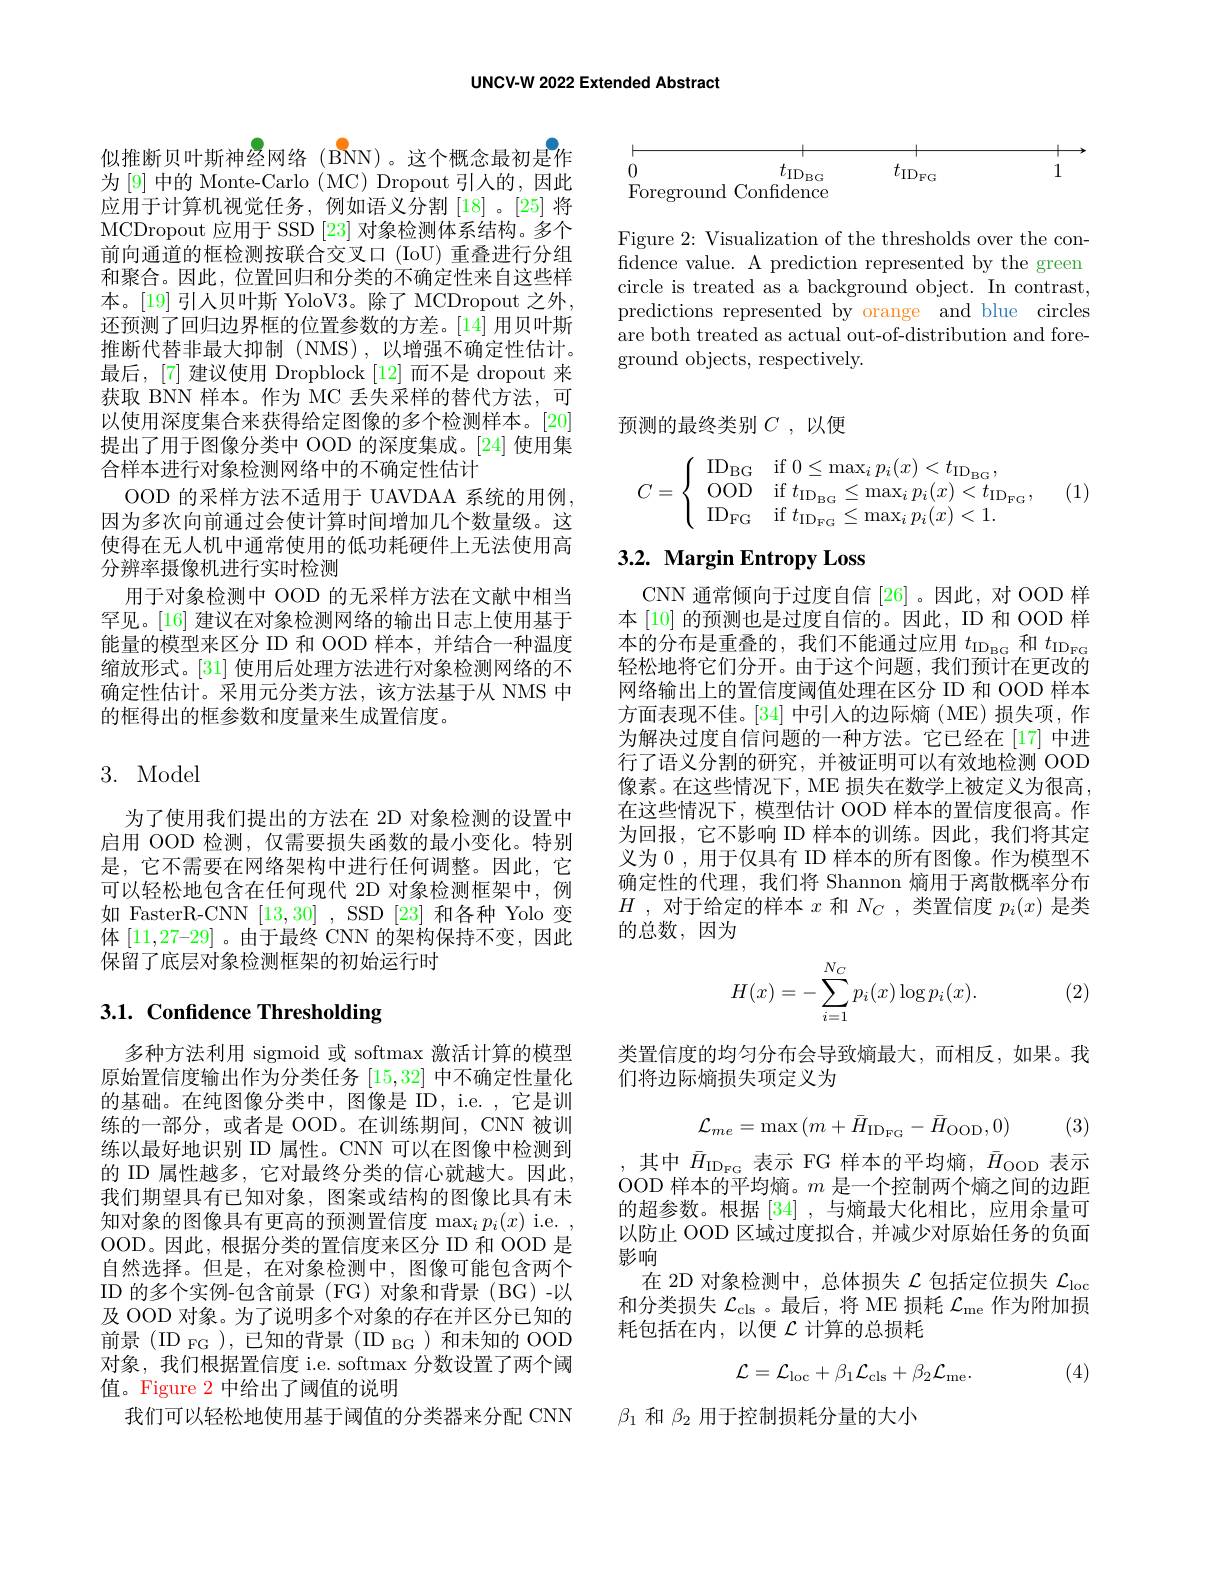
UNCV-W 2022 Extended Abstract

似推断贝叶斯神经网络(BNN)。这个概念最初是作为[9] 中的 Monte-Carlo (MC) Dropout 引入的，因此应用于计算机视觉任务，例如语义分割[18]。[25]将MCDropout 应用于 SSD [23]对象检测体系结构。多个前向通道的框检测按联合交叉口 (IoU) 重叠进行分组和聚合。因此，位置回归和分类的不确定性来自这些样本。[19] 引人贝叶斯 YoloV3。除了 MCDropout 之外还预测了回归边界框的位置参数的方差。[14] 用贝叶斯推断代替非最大抑制(NMS),以增强不确定性估计。最后，[7] 建议使用 Dropblock [12] 而不是 dropout 来获取 BNN 样本。作为 MC 丢失采样的替代方法，可以使用深度集合来获得给定图像的多个检测样本。[20] 提出了用于图像分类中 OOD 的深度集成。[24] 使用集合样本进行对象检测网络中的不确定性估计
OOD 的采样方法不适用于 UAVDAA 系统的用例因为多次向前通过会使计算时间增加几个数量级。这使得在无人机中通常使用的低功耗硬件上无法使用高分辨率摄像机进行实时检测
用于对象检测中 OOD 的无采样方法在文献中相当罕见。[16] 建议在对象检测网络的输出日志上使用基于能量的模型来区分 ID 和 OOD 样本，并结合一种温度缩放形式。[31] 使用后处理方法进行对象检测网络的不确定性估计。采用元分类方法，该方法基于从 NMS 中的框得出的框参数和度量来生成置信度。

# 3. Model

为了使用我们提出的方法在 2D 对象检测的设置中启用 OOD 检测，仅需要损失函数的最小变化。特别是，它不需要在网络架构中进行任何调整。因此，它可以轻松地包含在任何现代 2D 对象检测框架中，例如 FasterR-CNN [13,30] ,SSD [23]和各种 Yolo 变体$[11,27–29]$ 。由于最终 CNN 的架构保持不变，因此保留了底层对象检测框架的初始运行时

# 3.1. Confidence Thresholding

多种方法利用 sigmoid 或 softmax 激活计算的模型原始置信度输出作为分类任务[15,32]中不确定性量化的基础。在纯图像分类中，图像是 ID, i.e. ,它是训练的一部分，或者是 OOD。在训练期间，CNN 被训练以最好地识别 ID 属性。CNN 可以在图像中检测到的 ID 属性越多 ,它对最终分类的信心就越大。因此， 我们期望具有已知对象，图案或结构的图像比具有末知对象的图像具有更高的预测置信度$\max_ip_i(x)$ i.e. OOD。因此，根据分类的置信度来区分 ID 和 OOD 是自然选择。但是，在对象检测中，图像可能包含两个ID 的多个实例-包含前景 (FG)对象和背景 (BG)-以及 OOD 对象。为了说明多个对象的存在并区分已知的前景(ID FG),已知的背景(ID $_\mathrm{BG}$)和未知的 OOD 对象，我们根据置信度 i.e. softmax 分数设置了两个阈值。Figure 2 中给出了阈值的说明
我们可以轻松地使用基于阈值的分类器来分配 CNN

<table>
	<tbody>
		<tr>
			<td> </td>
			<td> </td>
			<td> </td>
			<td> </td>
		</tr>
		<tr>
			<td>0</td>
			<td>$t_{\mathrm{ID}_{\mathrm{BC}}}$</td>
			<td>$t_{\mathrm{ID}_\mathrm{FG}}$</td>
			<td>1</td>
		</tr>
		<tr>
			<td>Foregroun</td>
			<td>d Confidence</td>
			<td> </td>
			<td> </td>
		</tr>
	</tbody>
</table>

Figure 2: Visualization of the thresholds over the confidence value. A prediction represented by the green circle is treated as a background object. In contrast, predictions represented by orange and blue circles are both treated as actual out-of-distribution and foreground objects, respectively.

预测的最终类别$C$ ,以便
$$C=\left\{\begin{array}{ll}\mathrm{ID_{BG}}&\mathrm{if~}0\le\max_ip_i(x)<t_{\mathrm{ID_{BG}}},\\\mathrm{OOD}&\mathrm{if~}t_{\mathrm{ID_{BG}}}\le\max_ip_i(x)<t_{\mathrm{ID_{FG}}},\\\mathrm{ID_{FG}}&\mathrm{if~}t_{\mathrm{ID_{FG}}}\le\max_ip_i(x)<1.\end{array}\right.$$
(1)

## $3. 2. \textbf{ Margin Entropy Loss}$

CNN 通常倾向于过度自信[26] 。因此，对 OOD 样本 [10] 的预测也是过度自信的。因此，ID 和 OOD 样本的分布是重叠的，我们不能通过应用$t_\mathrm{ID}_\mathrm{BG}$和$t_\mathrm{IDFG}$ 轻松地将它们分开。由于这个问题，我们预计在更改的网络输出上的置信度阈值处理在区分 ID 和 OOD 样本方面表现不佳。[34] 中引入的边际熵 (ME) 损失项，作为解决过度自信问题的一种方法。它已经在[17]中进行了语义分割的研究，并被证明可以有效地检测 OOD 像素。在这些情况下，ME 损失在数学上被定义为很高， 在这些情况下，模型估计 OOD 样本的置信度很高。作为回报，它不影响 ID 样本的训练。因此，我们将其定义为 0 , 用于仅具有 ID 样本的所有图像。作为模型不确定性的代理，我们将 Shannon 熵用于离散概率分布$H$ , 对于给定的样本$x$和$N_C$ ,类置信度$p_i(x)$是类的总数，因为
$$H(x)=-\sum_{i=1}^{N_C}p_i(x)\log p_i(x).$$
(2)

类置信度的均匀分布会导致熵最大，而相反，如果。我
们将边际熵损失项定义为
$$\mathcal{L}_{me}=\max{(m+\bar{H}_{\mathrm{ID_{FG}}}-\bar{H}_{\mathrm{OOD}},0)}$$
(3)

其中$\bar{H}_\mathrm{ID_\mathrm{FG}}$表示 FG 样本的平均熵，$\bar{H}_\mathrm{OOD}$表示OOD 样本的平均熵。$m$是一个控制两个熵之间的边距的超参数。根据[34],与熵最大化相比，应用余量可以防止 OOD 区域过度拟合，并减少对原始任务的负面影响
在 2D 对象检测中，总体损失$\mathcal{L}$包括定位损失$\mathcal{L}_\mathrm{loc}$ 和分类损失$\mathcal{L}_\mathrm{cls}$。最后，将 ME 损耗$\mathcal{L}_\mathrm{me}$作为附加损耗包括在内，以便$\mathcal{L}$计算的总损耗
$$\mathcal{L}=\mathcal{L}_{\mathrm{loc}}+\beta_{1}\mathcal{L}_{\mathrm{cls}}+\beta_{2}\mathcal{L}_{\mathrm{me}}.$$
(4)

$\beta_1$和$\beta_2$用于控制损耗分量的大小